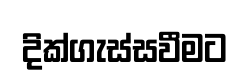
දික්ගැස්සවීමට